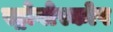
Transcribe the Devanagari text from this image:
स्ट्रोवोस्कोप